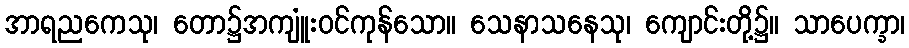
အာရညကေသု၊ တော၌အကျူံးဝင်ကုန်သော။ သေနာသနေသု၊ ကျောင်းတို့၌။ သာပေက္ခာ၊